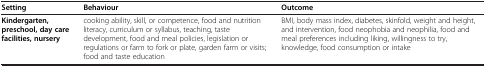
<table><thead><tr><td><b>Setting</b></td><td><b>Behaviour</b></td><td><b>Outcome</b></td></tr></thead><tbody><tr><td><b>Kindergarten, preschool, day care facilities, nursery</b></td><td>cooking ability, skill, or competence, food and nutrition literacy, curriculum or syllabus, teaching, taste development, food and meal policies, legislation or regulations or farm to fork or plate, garden farm or visits; food and taste education</td><td>BMI, body mass index, diabetes, skinfold, weight and height, and intervention, food neophobia and neophilia, food and meal preferences including liking, willingness to try, knowledge, food consumption or intake</td></tr></tbody></table>